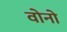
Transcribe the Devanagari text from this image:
वोनो